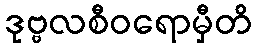
ဒုဗ္ဗလစီဝရောမှီတိ